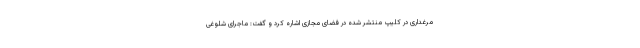
مرغداری در کلیپ منتشر شده در فضای مجازی اشاره کرد و گفت: ماجرای شلوغی